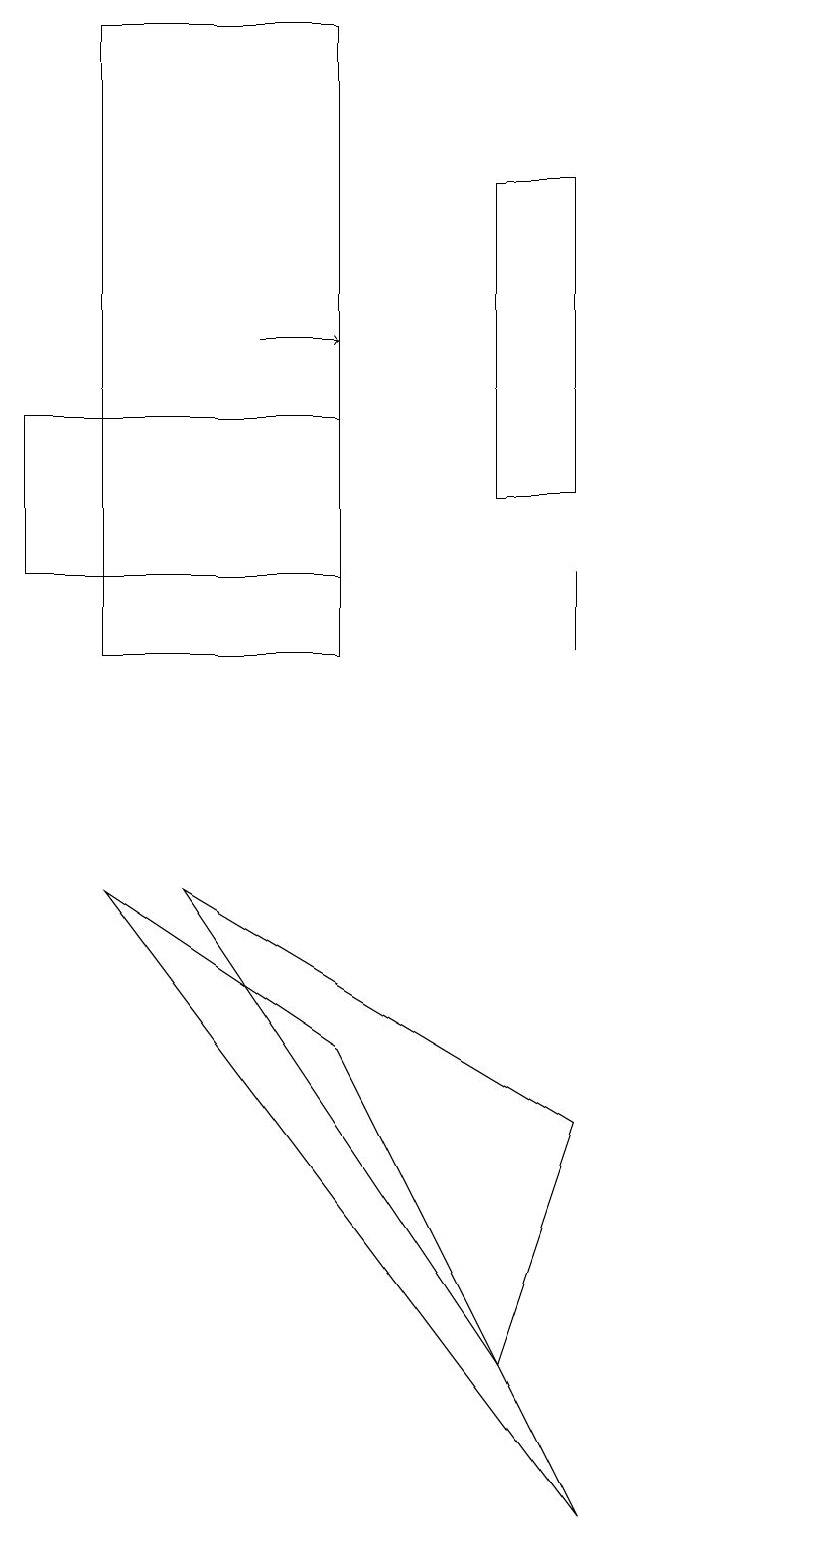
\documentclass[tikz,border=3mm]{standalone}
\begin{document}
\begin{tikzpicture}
\draw[->] (3,15) -- (4,15);
\draw (6,17) rectangle (7,13);
\draw (4,14) rectangle (0,12);
\draw (4,6) -- (7,0) -- (1,8) -- cycle;
\draw (7,11) rectangle (7,12);
\draw (10,10) circle (0);
\draw (1,11) rectangle (4,19);
\draw (2,8) -- (7,5) -- (6,2) -- cycle;
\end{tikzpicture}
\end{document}